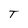
Character: T